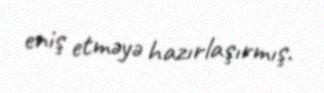
eniş etməyə hazırlaşırmış.